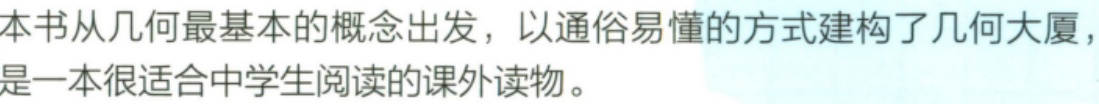
本书从几何最基本的概念出发，以通俗易懂的方式建构了几何大厦，是一本很适合中学生阅读的课外读物。